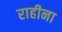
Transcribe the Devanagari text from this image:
राहीना